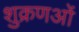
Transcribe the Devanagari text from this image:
शुक्रणओं